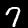
Digit: 7